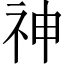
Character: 神